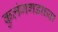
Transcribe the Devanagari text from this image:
कुलंगगडाच्या